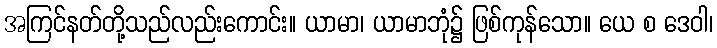
အကြင်နတ်တို့သည်လည်းကောင်း။ ယာမာ၊ ယာမာဘုံ၌ ဖြစ်ကုန်သော။ ယေ စ ဒေဝါ၊